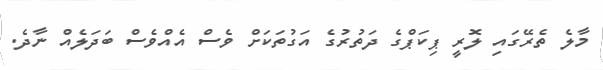
މާލެ ތެރޭގައި ލޮރީ ޕިކަޕްގެ ދަތުރުގެ އަގުތަކަށް ވެސް އެއްވެސް ބަދަލެއް ނާދެ.